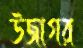
উজাগর